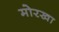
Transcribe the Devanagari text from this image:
मोरखा